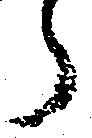
ら